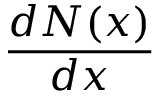
\frac { d N ( x ) } { d x }